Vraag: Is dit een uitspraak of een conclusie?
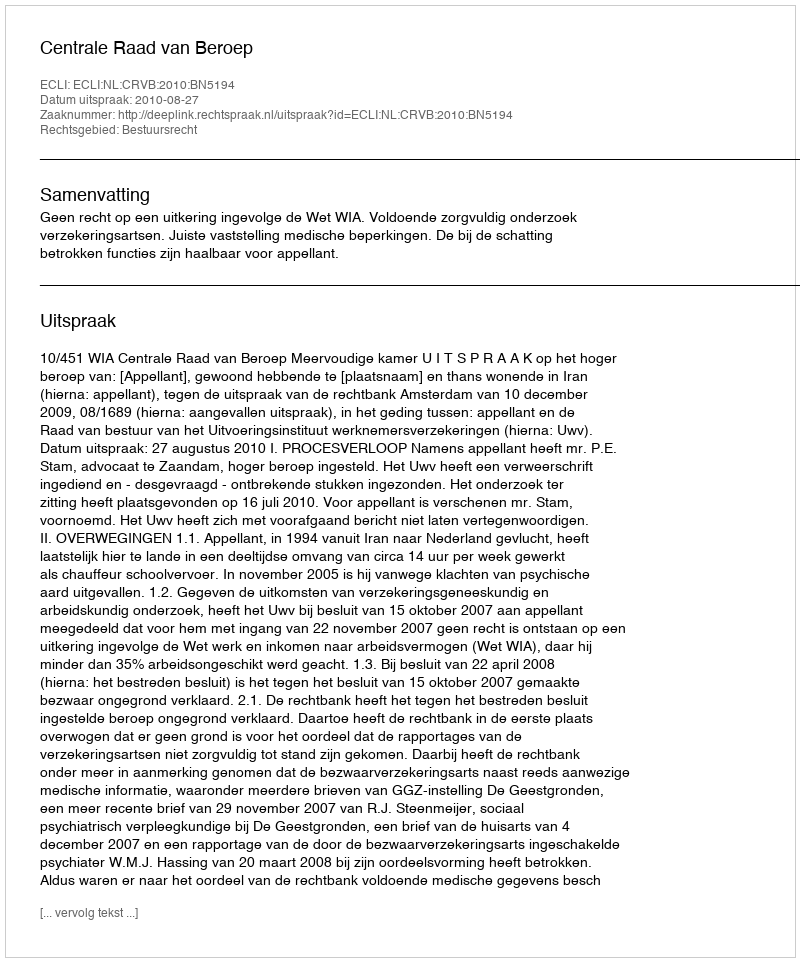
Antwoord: Uitspraak